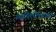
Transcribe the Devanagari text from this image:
ग्वादेलोपमध्ये